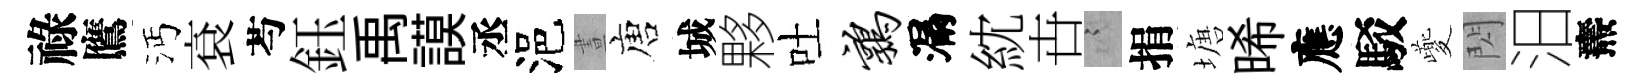
祿鷹沔袞芍鈺禹謨丞浥晝唐城夥吐鹑漏紞卋謭捐塘晞應駁夔閃汨燾